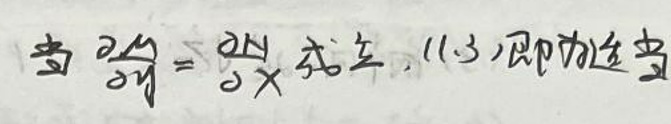
当 $\frac{\partial y}{\partial y}=\frac{\partial N}{\partial X}$ 成立，$(\  )$ 即为恰当